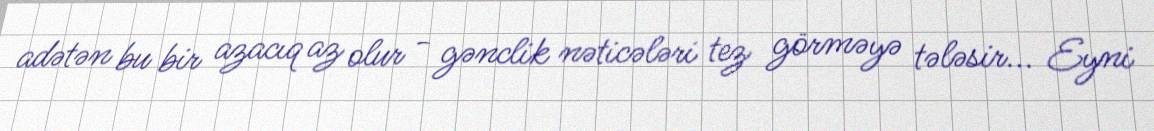
adətən bu bir azacıq az olur - gənclik nəticələri tez görməyə tələsir... Eyni